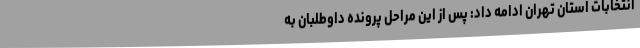
انتخابات استان تهران ادامه داد: پس از این مراحل پرونده داوطلبان به